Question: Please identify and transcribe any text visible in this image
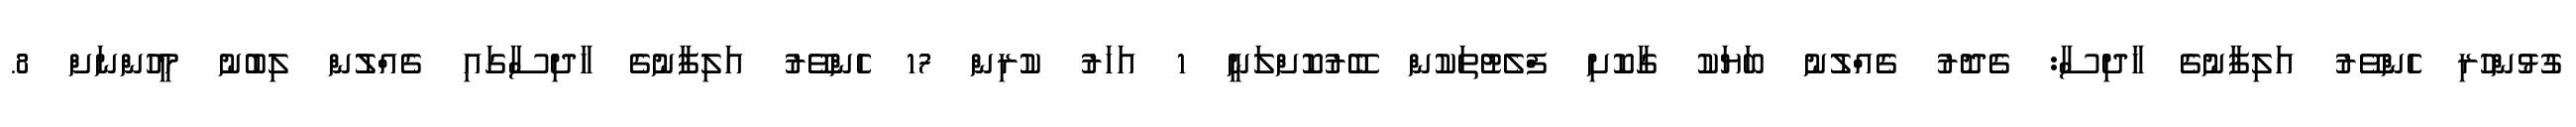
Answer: ގުޅުންހުރި ހެންވޭރު އަލިފާނުގެ ހާދިސާ: ގެދޮރު ގެއްލުނު ބަޔަކު ގާކޮށި ފްލެޓުތަކުން ބޭރުކޮށްލަނީ 1 އަހަރު ކުރިން 17 ހެންވޭރު އަލިފާނުގެ ހާދިސާގައި ގެއްލުން ލިބުނު މީހުންނަށް 8.